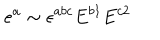
LaTeX: e ^ { a } \sim \epsilon ^ { a b c } E ^ { b 1 } E ^ { c 2 }